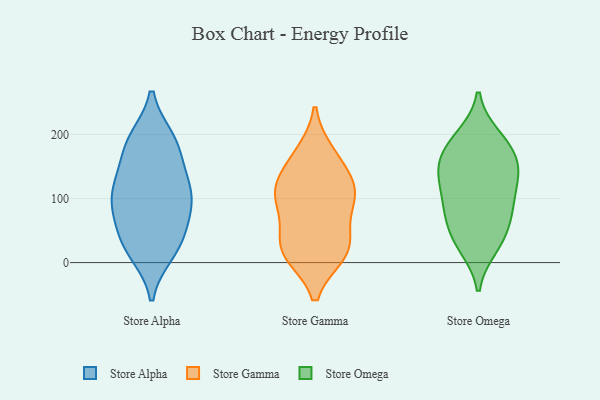
{"axis": {"x": "Shipments", "y": "Value"}, "legend": ["Store Alpha", "Store Gamma", "Store Omega"], "data": [{"x": "", "y": 192, "type": "Store Alpha"}, {"x": "", "y": 22, "type": "Store Alpha"}, {"x": "", "y": 111, "type": "Store Alpha"}, {"x": "", "y": 31, "type": "Store Alpha"}, {"x": "", "y": 81, "type": "Store Alpha"}, {"x": "", "y": 166, "type": "Store Alpha"}, {"x": "", "y": 122, "type": "Store Alpha"}, {"x": "", "y": 16, "type": "Store Alpha"}, {"x": "", "y": 122, "type": "Store Alpha"}, {"x": "", "y": 84, "type": "Store Alpha"}, {"x": "", "y": 191, "type": "Store Alpha"}, {"x": "", "y": 41, "type": "Store Alpha"}, {"x": "", "y": 185, "type": "Store Alpha"}, {"x": "", "y": 77, "type": "Store Alpha"}, {"x": "", "y": 115, "type": "Store Alpha"}, {"x": "", "y": 161, "type": "Store Gamma"}, {"x": "", "y": 55, "type": "Store Gamma"}, {"x": "", "y": 124, "type": "Store Gamma"}, {"x": "", "y": 170, "type": "Store Gamma"}, {"x": "", "y": 20, "type": "Store Gamma"}, {"x": "", "y": 91, "type": "Store Gamma"}, {"x": "", "y": 20, "type": "Store Gamma"}, {"x": "", "y": 14, "type": "Store Gamma"}, {"x": "", "y": 104, "type": "Store Gamma"}, {"x": "", "y": 19, "type": "Store Gamma"}, {"x": "", "y": 111, "type": "Store Gamma"}, {"x": "", "y": 113, "type": "Store Gamma"}, {"x": "", "y": 179, "type": "Store Omega"}, {"x": "", "y": 189, "type": "Store Omega"}, {"x": "", "y": 99, "type": "Store Omega"}, {"x": "", "y": 33, "type": "Store Omega"}, {"x": "", "y": 139, "type": "Store Omega"}, {"x": "", "y": 164, "type": "Store Omega"}, {"x": "", "y": 26, "type": "Store Omega"}, {"x": "", "y": 146, "type": "Store Omega"}, {"x": "", "y": 79, "type": "Store Omega"}, {"x": "", "y": 133, "type": "Store Omega"}, {"x": "", "y": 196, "type": "Store Omega"}, {"x": "", "y": 41, "type": "Store Omega"}, {"x": "", "y": 137, "type": "Store Omega"}, {"x": "", "y": 88, "type": "Store Omega"}, {"x": "", "y": 74, "type": "Store Omega"}]}